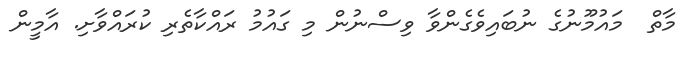
މާތް  މައުމޫނުގެ ނުބައިވެގެންވާ ވިސްނުން މި ގައުމު ރައްކާތެރި ކުރައްވާށި. އާމީން